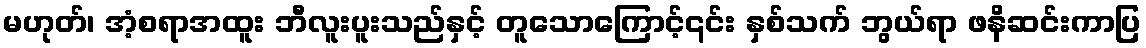
မဟုတ်၊ အံ့စရာအထူး ဘီလူးပူးသည်နှင့် တူသောကြောင့်၎င်း နှစ်သက် ဘွယ်ရာ ဖနိဆင်းကာပြ